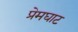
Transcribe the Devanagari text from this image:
प्रेमघाट